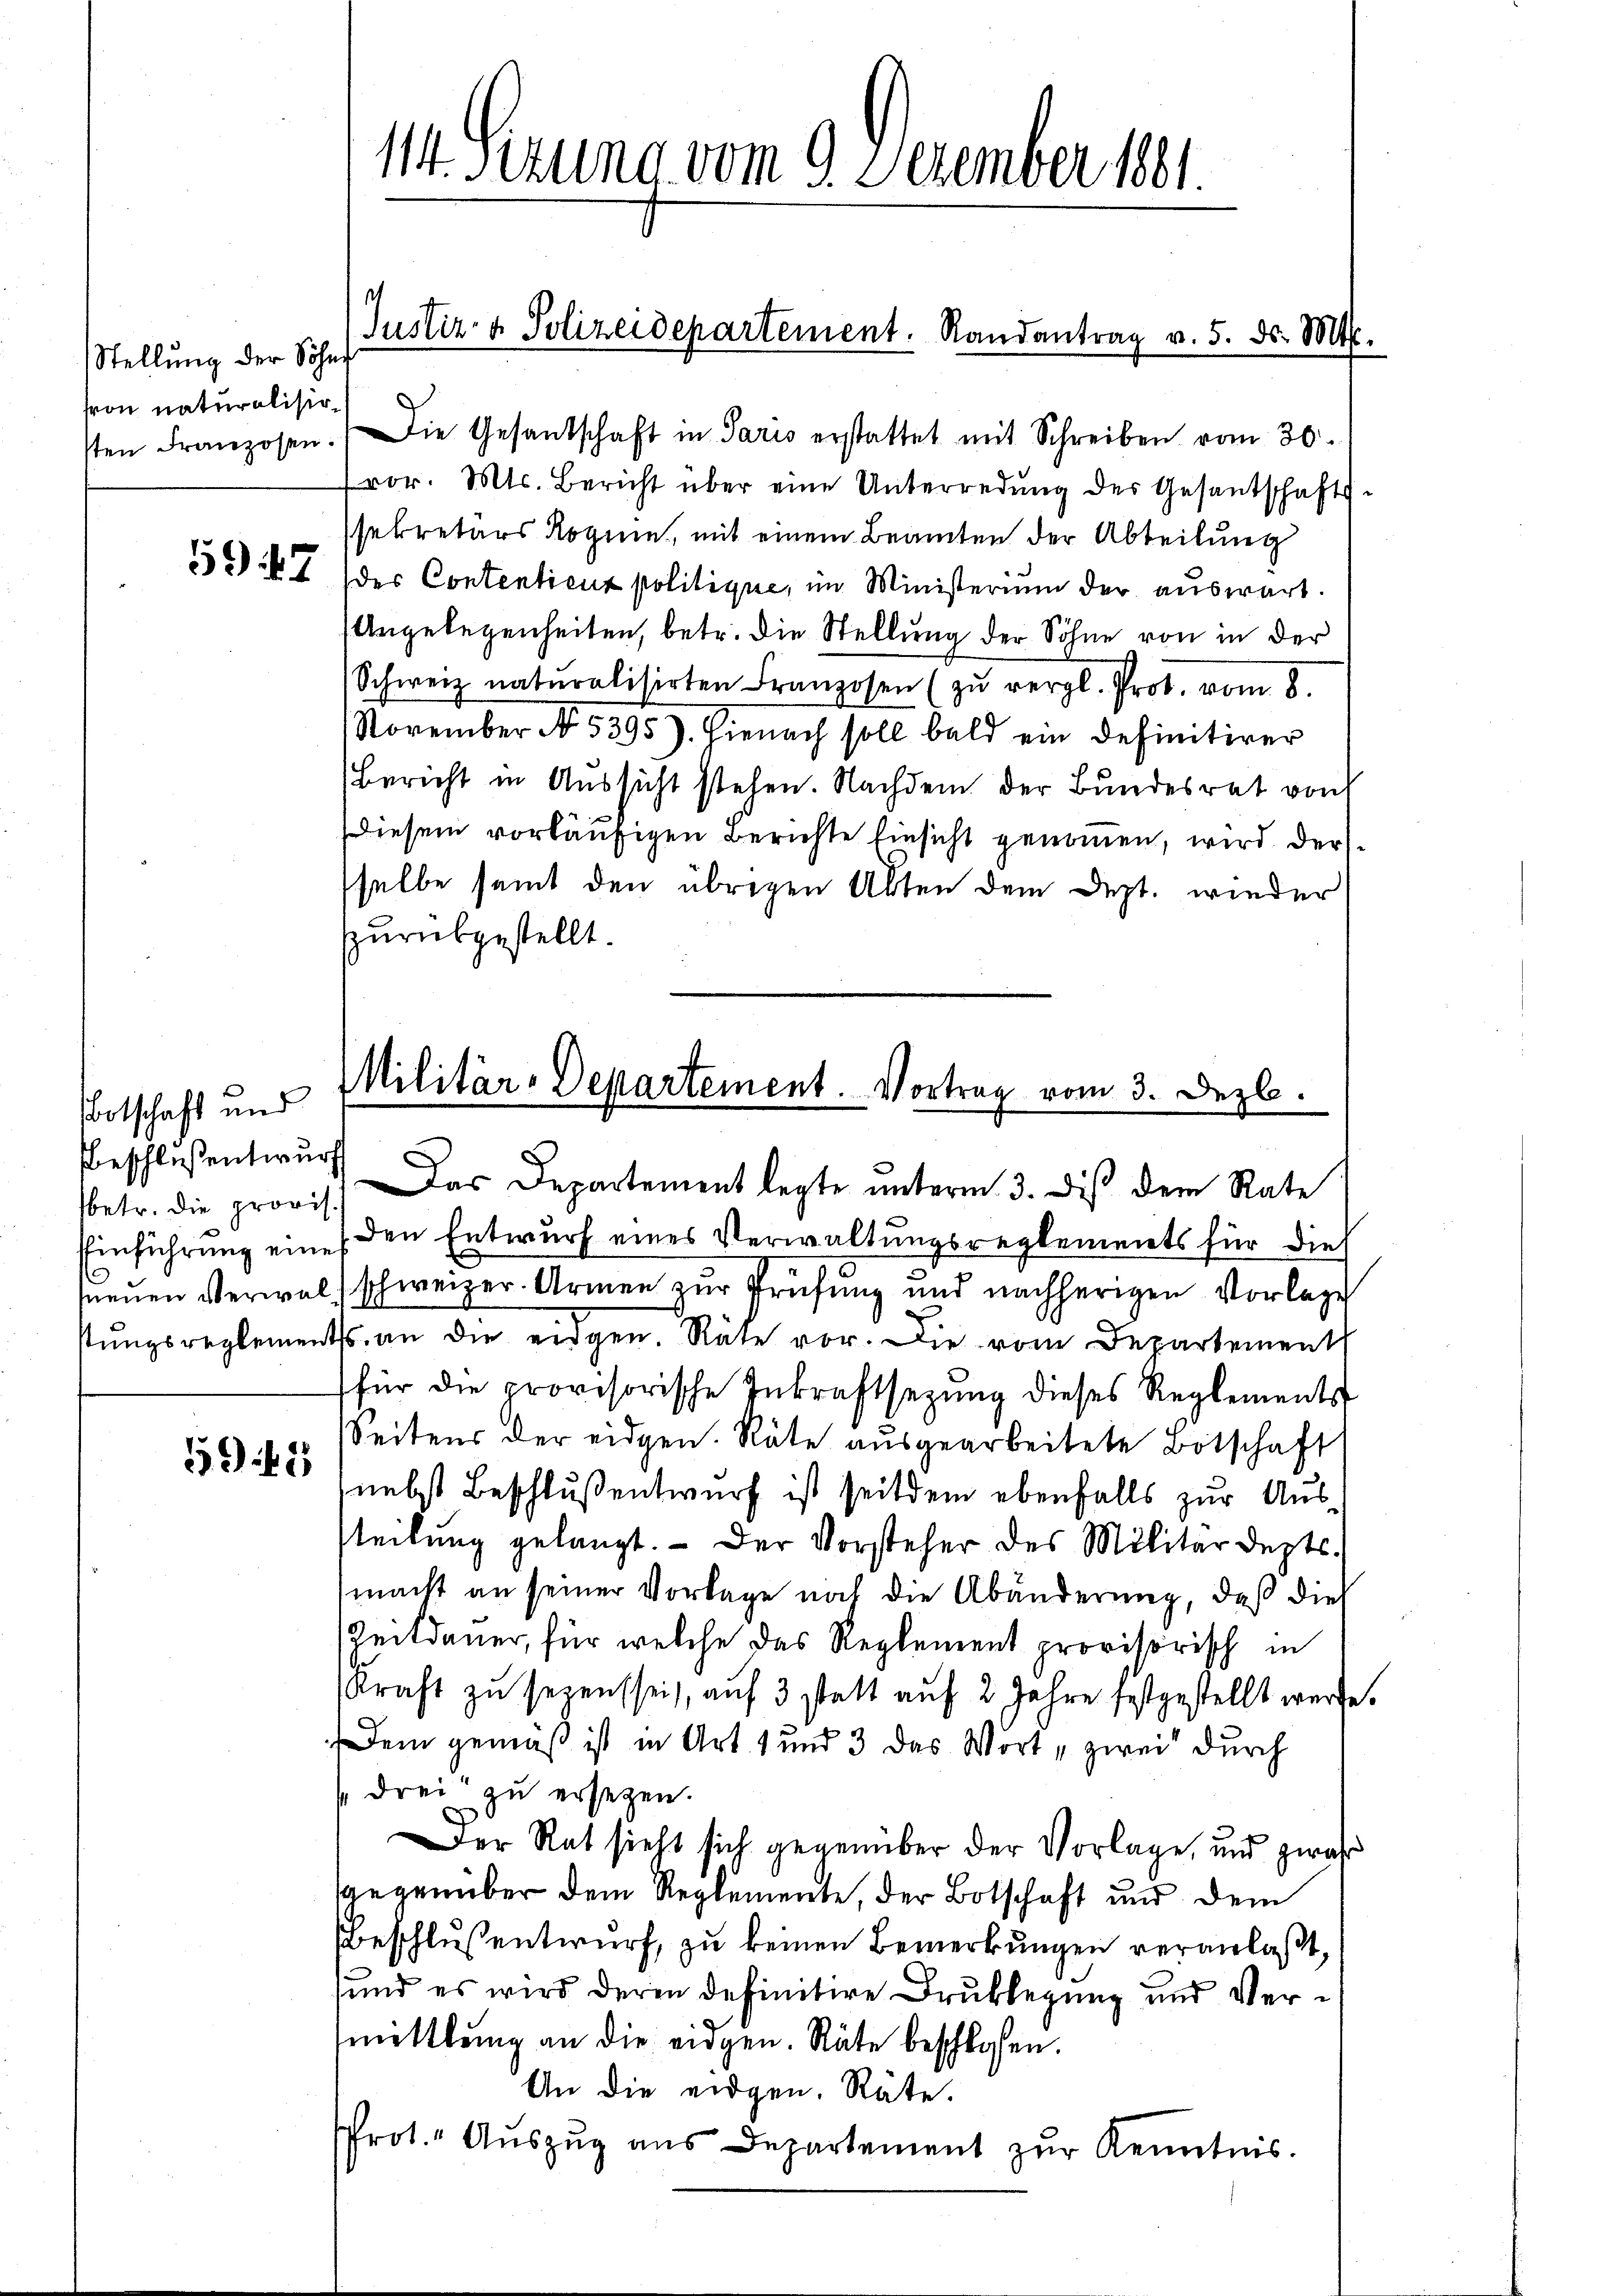
Stellung der Söhn
son naturalision

5947

Botschaft und
Beschloßentwurf
fbetr. die provi
Einführung ein
neuen Verwastungsreglemen

2

114. Sezung vom 9. Dezember 1881.

Justiz- & Polizeidepartement. Randantrag v. 5. ds. Mts.

sten Franzosen. Die Gesandschaft in Paris erstattet mit Schreiben vom 30.
vor. Mts. Bericht über eine Unterredung des Gesantschafts-
ssekretärs Rogie, mit einem Beamten der Abteilung
des Contentient politique, im Ministerium der auswart.
Angelegenheiten, betr. die Stellung der Söhne von in der
Schweiz naturalisirten Franzosen (zu vergl. Prot. vom 8.
November No. 5395). Hienach soll bald ein Definitiver
Bericht in Aŭssicht stehen. Nachdem der Bŭndesrat von
diesem vorläufigen Berichte Einsicht genommen, wird derselbe seit den übrigen Alten dem Dept. wieder
zurükgestellt.
1.)
(den Entwurf eines Verwaltungsreglements für die
) schweizer. Armen zur Prüfung und nachherigen Vorlage
ts. an die eidgen. Räte vor. Die vom Departement
(für die provisorische Inkraftsetzŭng dieses Reglements
Seitens der eidgen. Räte ausgearbeitete Botschaft
(nebst Beschluß entwurf ist seitdem ebenfalls zur Austteilung gelangt. - Der Vorsteher des Militärdepts.
macht an seiner Vorlage noch die Abänderung, daß die
Reitdauer, für welche das Reglement provisorisch in
Kraft zu sezenssein, auf 3 statt auf 2 Jahre festgestellt werde.
Dem gemäß ist in Art. 1 und 3 das Wort „zwei durch
s drei zu ersetzen.
Der Rat sieht sich gegenüber der Vorlage, und zwar
Gegenüber dem Reglemente, der Botschaft und dem
Beschlussentwurf, zu keinen Bemerkungen veranlaßt,
sund es wird deren definitive Druklegung und Vermittlung an die eidgen. Räte beschlossen.
An die eidgen. Räte.
Prot. Auszug aus Departement zur Kenntnis.

Militär-Departement. Vortrag vom 3. Dezbr.
u
as Departement legte unterm 3. dis dem Rate